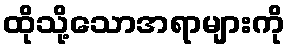
ထိုသို့သောအရာများကို